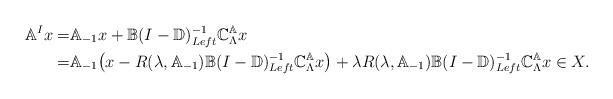
LaTeX: \begin{align*} \mathbb{A}^Ix=&\mathbb{A}_{-1}x+\mathbb{B}(I-\mathbb{D})^{-1}_{Left}\mathbb{C}_\Lambda^\mathbb{A}x\\=&\mathbb{A}_{-1}\big(x-R(\lambda,\mathbb{A}_{-1})\mathbb{B}(I-\mathbb{D})^{-1}_{Left}\mathbb{C}_\Lambda^\mathbb{A}x\big)+\lambda R(\lambda,\mathbb{A}_{-1})\mathbb{B}(I-\mathbb{D})^{-1}_{Left}\mathbb{C}_\Lambda^\mathbb{A}x\in X.\end{align*}